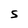
Character: S